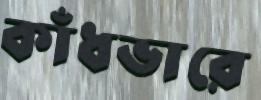
কাঁধভারে